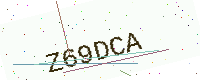
Text: Z69DCA